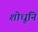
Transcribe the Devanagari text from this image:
शोधूनि